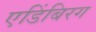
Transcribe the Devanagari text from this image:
एडिंबिरग